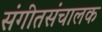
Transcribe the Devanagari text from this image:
संगीतसंचालक